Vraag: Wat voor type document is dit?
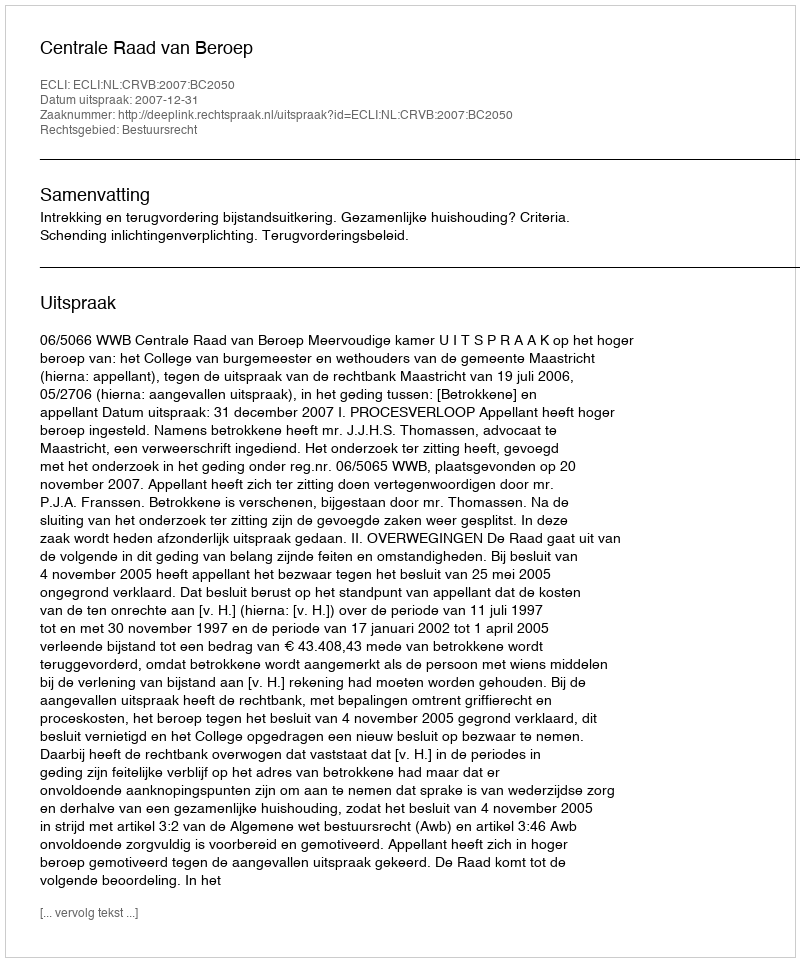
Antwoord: Uitspraak